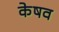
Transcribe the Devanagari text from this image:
केषव